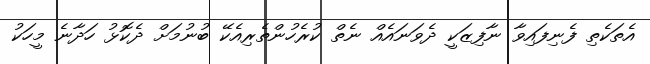
އެތަކެތި ފެނިފައިވާ ނާފިޒަކީ ދެވަނައެއް ނެތް ކުރެހުންތެރިއެކޭ ބުނުމަށް ދެކޮޅު ހަދާނެ މީހަކު